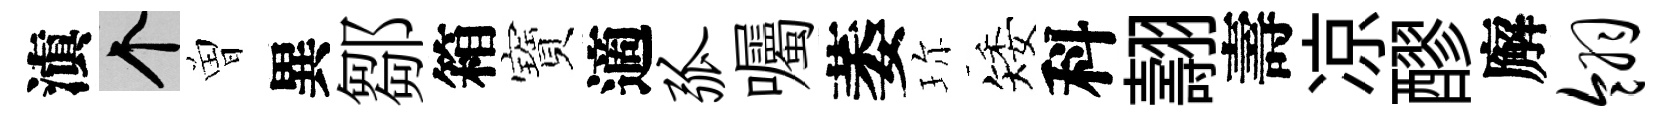
滇个曽異鄒箱寶適弧囑萎珎矮科翿壽凉醪廨翎